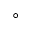
\circ